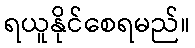
ရယူနိုင်စေရမည်။